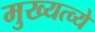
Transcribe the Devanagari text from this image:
मुख्यत्व्ये